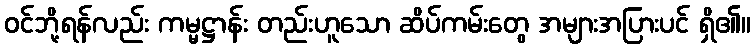
ဝင်ဘို့ရန်လည်း ကမ္မဋ္ဌာန်း တည်းဟူသော ဆိပ်ကမ်းတွေ အများအပြားပင် ရှိ၏။